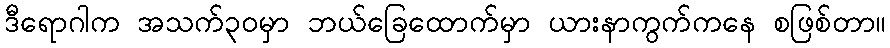
ဒီရောဂါက အသက်၃၀မှာ ဘယ်ခြေထောက်မှာ ယားနာကွက်ကနေ စဖြစ်တာ။